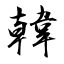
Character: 韓